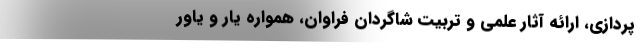
پردازی، ارائه آثار علمی و تربیت شاگردان فراوان، همواره یار و یاور